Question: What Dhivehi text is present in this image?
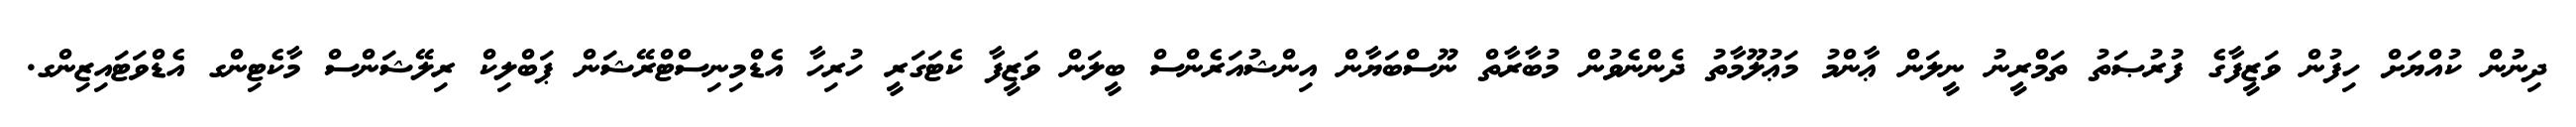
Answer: ދިނުން ކުއްޔަށް ހިފުން ވަޒީފާގެ ފުރުޞަތު ތަމްރީނު ނީލަން ޢާންމު މަޢުލޫމާތު ދެންނެވުން މުބާރާތް ނޫސްބަޔާން އިންޝުއަރެންސް ބީލަން ވަޒީފާ ކެޓަގަރީ ހުރިހާ އެޑްމިނިސްޓްރޭޝަން ޕަބްލިކް ރިލޭޝަންސް މާކެޓިންގ އެޑްވަޓައިޒިންގ.